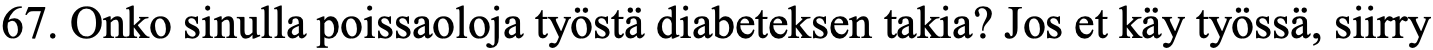
67. Onko sinulla poissaoloja työstä diabeteksen takia? Jos et käy työssä, siirry